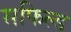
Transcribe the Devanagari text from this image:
सफिल्ड